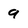
Character: 9